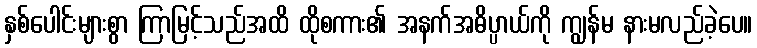
နှစ်ပေါင်းများစွာ ကြာမြင့်သည်အထိ ထိုစကား၏ အနက်အဓိပ္ပာယ်ကို ကျွန်မ နားမလည်ခဲ့ပေ။